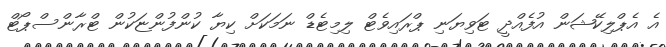
އެ އެޕްލިކޭޝަން އުފެއްދީ ޓަވިޔަނި ޕްރައިވެޓް ލިމިޓެޑް ނަމަކަށް ކިޔާ ކުންފުންޏަކުން ޓްރާންސްޕޯޓް